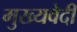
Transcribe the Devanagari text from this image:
मुख्यवेदी